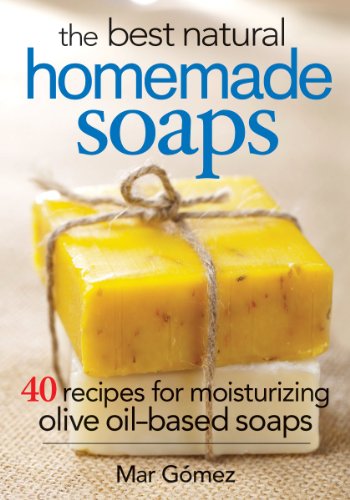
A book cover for The Best Natural Homemade Soaps: 40 Recipes for Moisturizing Olive Oil-Based Soaps; Mar Gomez; Crafts, Hobbies & Home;